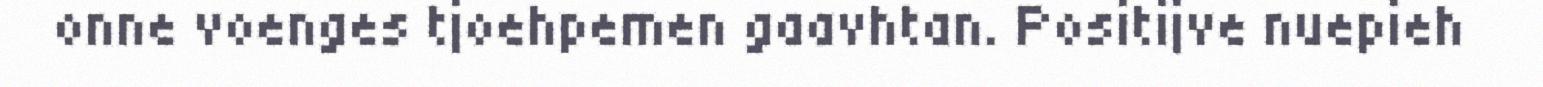
onne voenges tjoehpemen gaavhtan. Positijve nuepieh